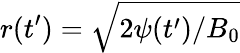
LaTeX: r(t^{\prime})=\sqrt{2\psi(t^{\prime})/B_{0}}